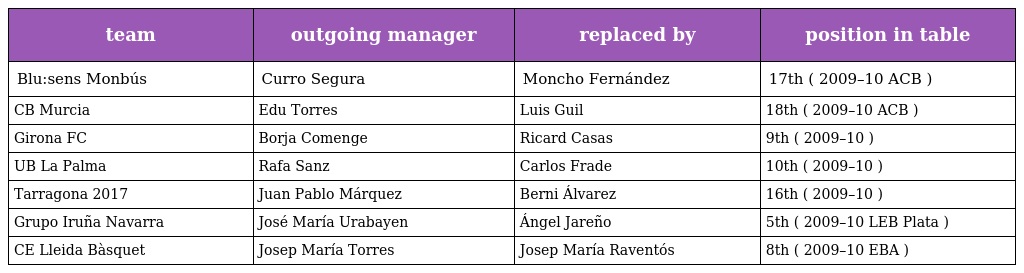
| team | outgoing manager | replaced by | position in table |
 | --- | --- | --- | --- |
 | Blu:sens Monbús | Curro Segura | Moncho Fernández | 17th ( 2009–10 ACB ) |
 | CB Murcia | Edu Torres | Luis Guil | 18th ( 2009–10 ACB ) |
 | Girona FC | Borja Comenge | Ricard Casas | 9th ( 2009–10 ) |
 | UB La Palma | Rafa Sanz | Carlos Frade | 10th ( 2009–10 ) |
 | Tarragona 2017 | Juan Pablo Márquez | Berni Álvarez | 16th ( 2009–10 ) |
 | Grupo Iruña Navarra | José María Urabayen | Ángel Jareño | 5th ( 2009–10 LEB Plata ) |
 | CE Lleida Bàsquet | Josep María Torres | Josep María Raventós | 8th ( 2009–10 EBA ) |